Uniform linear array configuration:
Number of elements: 4
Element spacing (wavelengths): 1
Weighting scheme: cosine
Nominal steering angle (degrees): -30
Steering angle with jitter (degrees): -31.689
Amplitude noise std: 0.05
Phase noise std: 0.05

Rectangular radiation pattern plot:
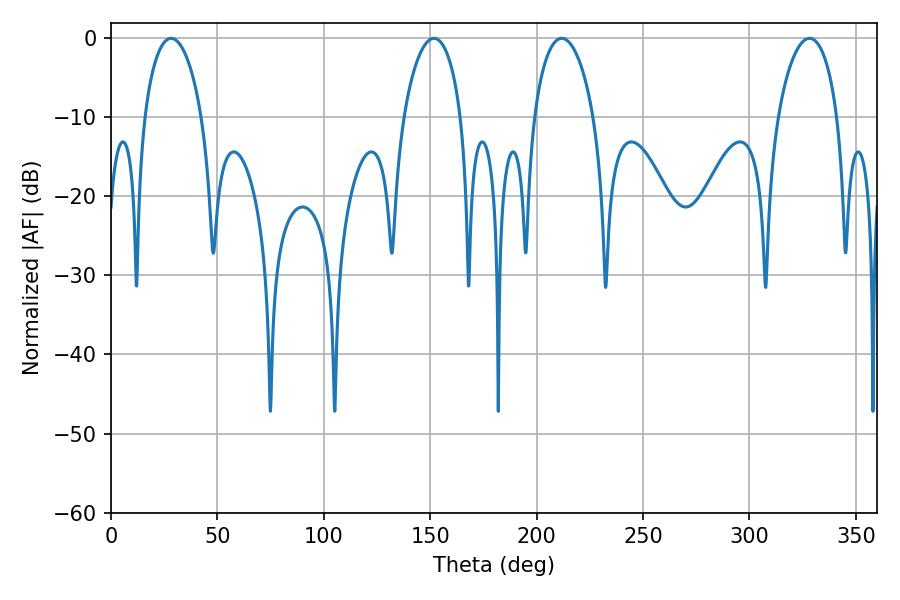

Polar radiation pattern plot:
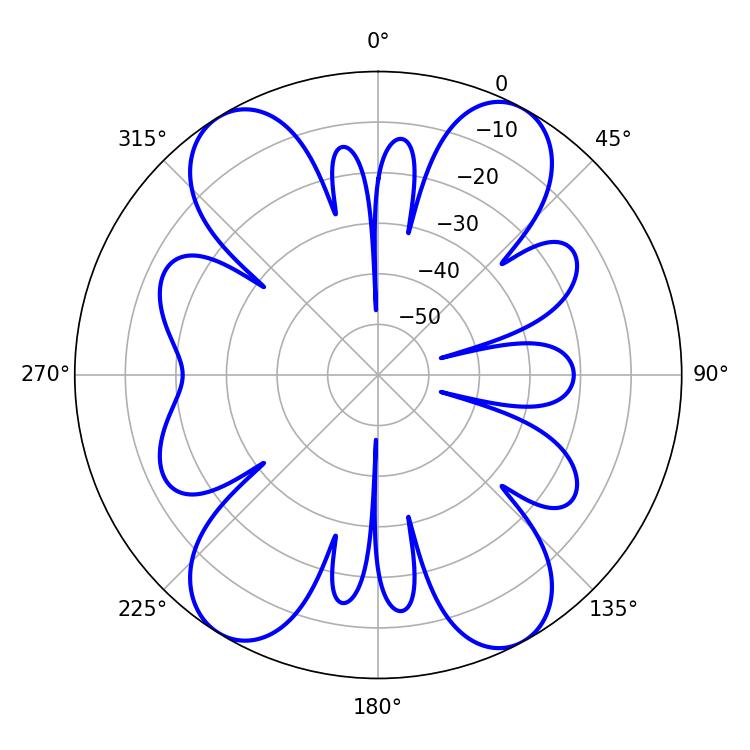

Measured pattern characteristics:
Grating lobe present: TRUE
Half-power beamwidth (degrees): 15.3
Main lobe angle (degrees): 28.26